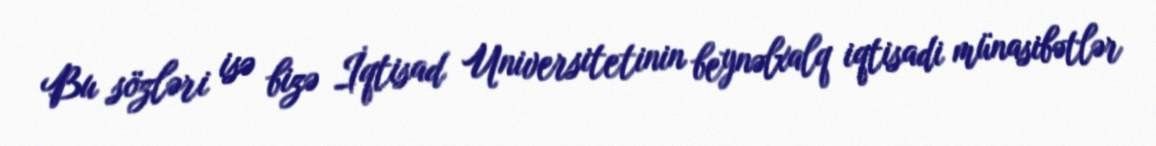
Bu sözləri isə bizə İqtisad Universitetinin beynəlxalq iqtisadi münasibətlər